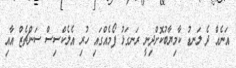
އަނެއް ދެ ލަނޑު ކާމިޔާބުކޮށްދިނީ ރަނގަޅު ފޯމެއްގައި ހުރި އެލެކްސިސް ސަންޗެޒް އާއި